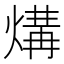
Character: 煹